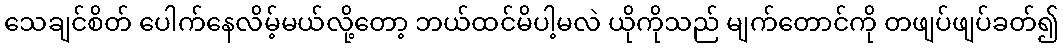
သေချင်စိတ် ပေါက်နေလိမ့်မယ်လို့တော့ ဘယ်ထင်မိပါ့မလဲ ယိုကိုသည် မျက်တောင်ကို တဖျပ်ဖျပ်ခတ်၍